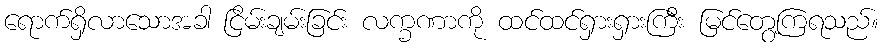
ရောက်ရှိလာသောအခါ ငြိမ်းချမ်းခြင်း လက္ခဏာကို ထင်ထင်ရှားရှားကြီး မြင်တွေ့ကြရသည်။